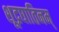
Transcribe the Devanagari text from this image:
शूद्रघातिनम्